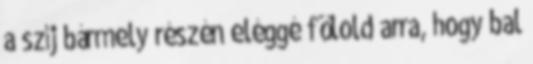
a szíj bármely részén eléggé fölold arra, hogy bal